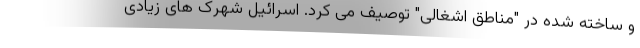
و ساخته شده در "مناطق اشغالی" توصیف می کرد. اسرائیل شهرک های زیادی